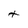
Character: t